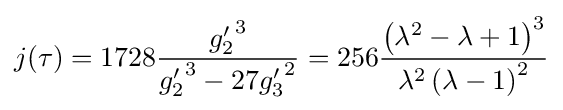
j(\tau )=1728{\frac {{g_{2}'}^{3}}{{g_{2}'}^{3}-27{g_{3}'}^{2}}}=256{\frac {\left(\lambda ^{2}-\lambda +1\right)^{3}}{\lambda ^{2}\left(\lambda -1\right)^{2}}}